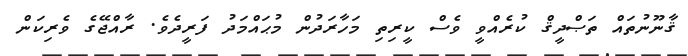
ޤާނޫނުތައް ތަޞްދީޤް ކުރެއްވީ ވެސް ކީރިތި މަހާރަދުން މުޙައްމަދު ފަރީދެވެ. ރާއްޖޭގެ ވެރިކަން